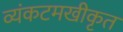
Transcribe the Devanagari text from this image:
व्यंकटमखीकृत